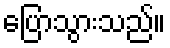
ပြောသွားသည်။